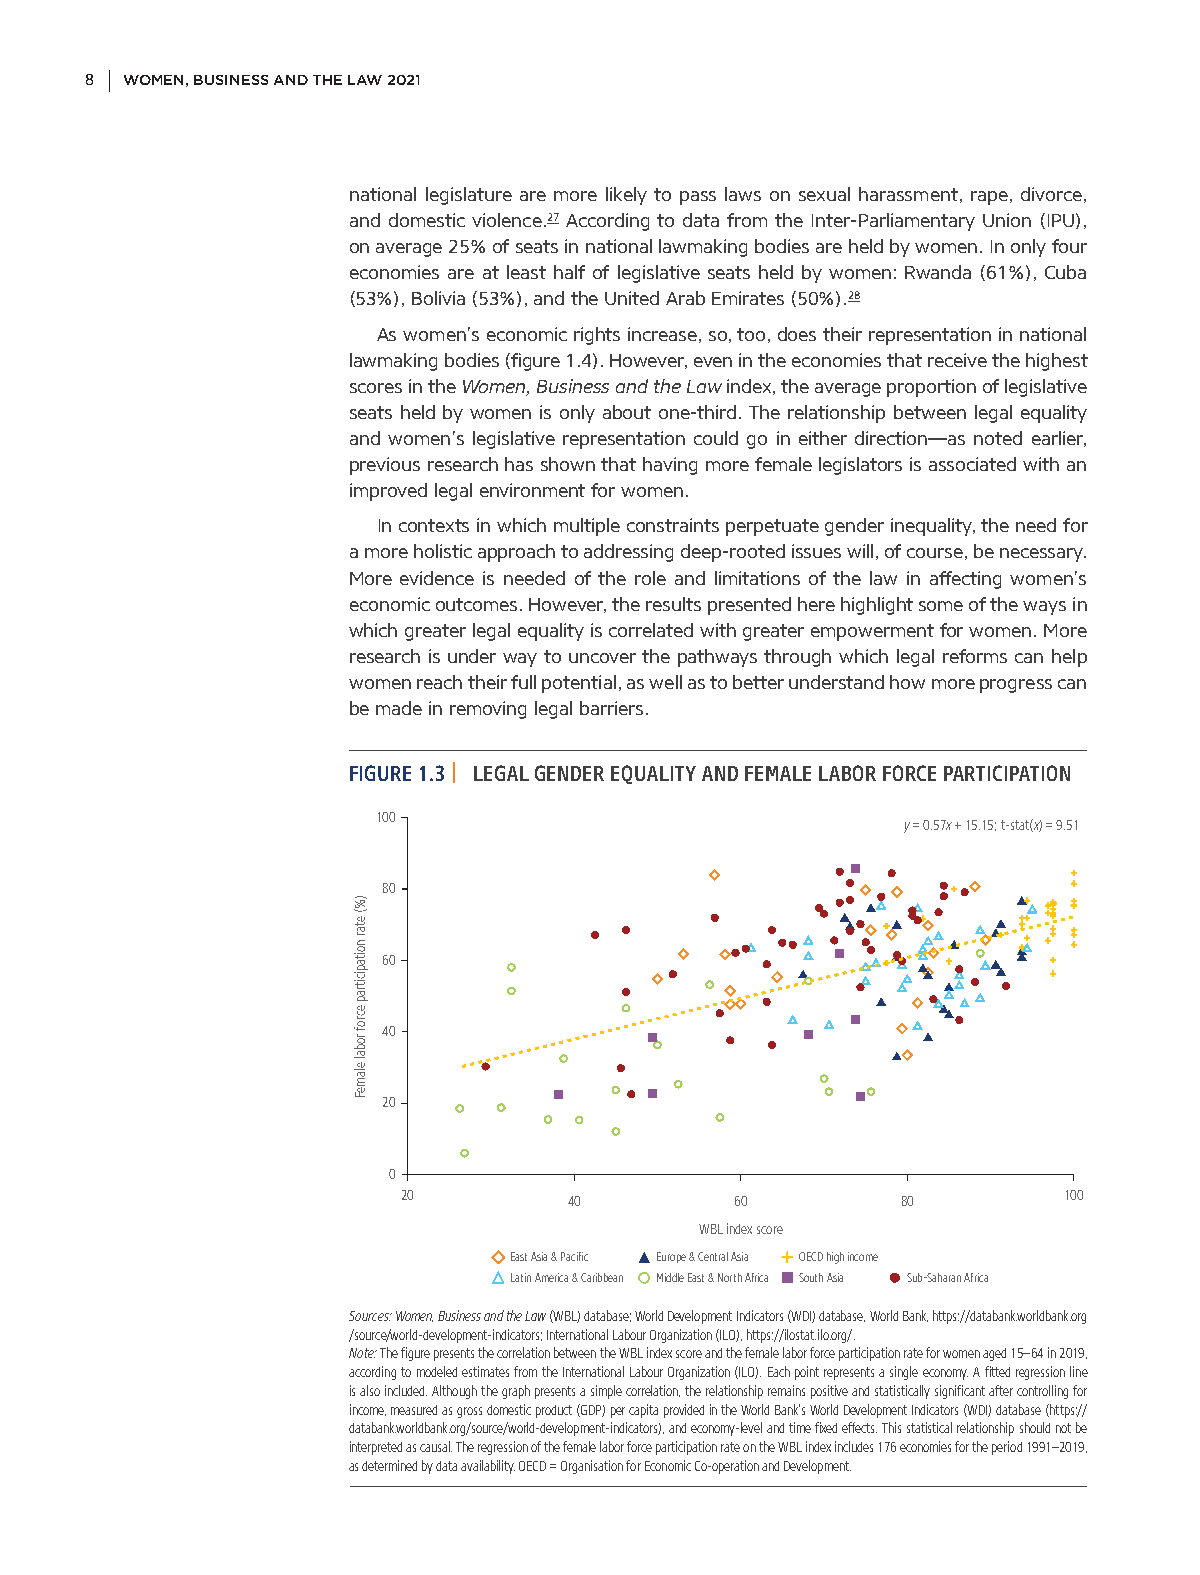
8 WOMEN, BUSINESS AND THE LAW 2021
 national legislature are more likely to pass laws on sexual harassment, rape, divorce,
 and domestic violence.27 According to data from the Inter-Parliamentary Union (IPU),
 on average 25% of seats in national lawmaking bodies are held by women. In only four
 economies are at least half of legislative seats held by women: Rwanda (61%), Cuba
 (53%), Bolivia (53%), and the United Arab Emirates (50%).28
 As women’s economic rights increase, so, too, does their representation in national
 lawmaking bodies (figure 1.4). However, even in the economies that receive the highest
 scores in the Women, Business and the Law index, the average proportion of legislative
 seats held by women is only about one-third. The relationship between legal equality
 and women’s legislative representation could go in either direction—as noted earlier,
 previous research has shown that having more female legislators is associated with an
 improved legal environment for women.
 In contexts in which multiple constraints perpetuate gender inequality, the need for
 a more holistic approach to addressing deep-rooted issues will, of course, be necessary.
 More evidence is needed of the role and limitations of the law in affecting women’s
 economic outcomes. However, the results presented here highlight some of the ways in
 which greater legal equality is correlated with greater empowerment for women. More
 research is under way to uncover the pathways through which legal reforms can help
 women reach their full potential, as well as to better understand how more progress can
 be made in removing legal barriers.
 FIGURE 1.3 | LEGAL GENDER EQUALITY AND FEMALE LABOR FORCE PARTICIPATION
 100
 y = 0.57x + 15.15; t-stat(x) = 9.51
 80
 60
 40
 20
 0
 20         40         60         80        100
 WBL index score
 East Asia & Pacific Europe & Central Asia OECD high income
 Latin America & Caribbean Middle East & North Africa South Asia Sub-Saharan Africa
 Sources: Women, Business and the Law (WBL) database; World Development Indicators (WDI) database, World Bank, https://databank.worldbank.org
 /source /world-development-indicators; International Labour Organization (ILO), https://ilostat.ilo.org/.
 Note: The figure presents the correlation between the WBL index score and the female labor force participation rate for women aged 15–64 in 2019,
 according to modeled estimates from the International Labour Organization (ILO). Each point represents a single economy. A fitted regression line
 is also included. Although the graph presents a simple correlation, the relationship remains positive and statistically significant after controlling for
 income, measured as gross domestic product (GDP) per capita provided in the World Bank’s World Development Indicators (WDI) database (https://
 databank.worldbank.org/source/world-development-indicators), and economy-level and time fixed effects. This statistical relationship should not be
 interpreted as causal. The regression of the female labor force participation rate on the WBL index includes 176 economies for the period 1991–2019,
 as determined by data availability. OECD = Organisation for Economic Co-operation and Development.
 )%(
 etar
 noitapicitrap
 ecrof
 robal
 elameF